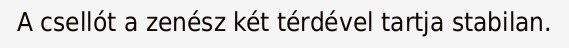
A csellót a zenész két térdével tartja stabilan.